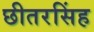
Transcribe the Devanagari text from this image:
छीतरसिंह